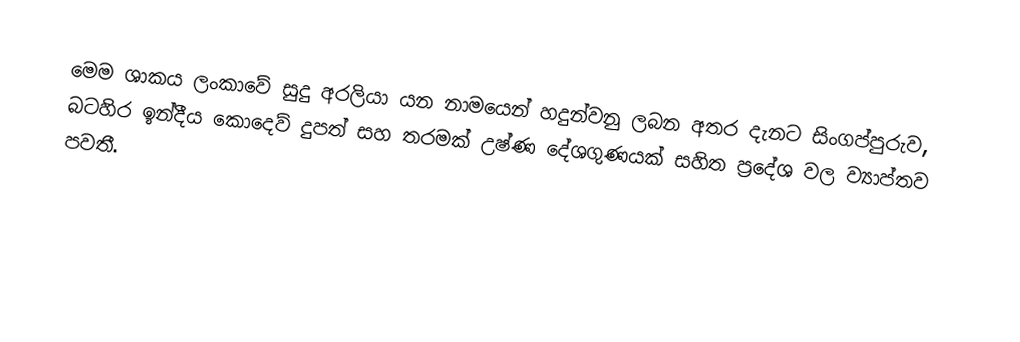
මෙම ශාකය ලංකාවේ සුදු අරලියා යන නාමයෙන් හදුන්වනු ලබන අතර දැනට සිංගප්පුරුව, බටහිර ඉන්දීය කොදෙව් දුපත් සහ තරමක් උෂ්ණ දේශගුණයක් සහිත ප්‍රදේශ වල ව්‍යාප්තව පවතී.